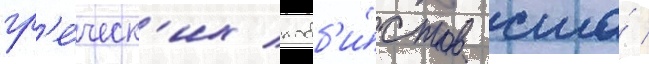
гр'е́ческ'их лобб'и́стов сша́ /